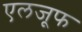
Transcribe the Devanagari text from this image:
एलजूफ